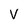
Character: V